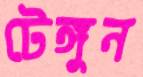
টেঙ্গুন